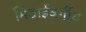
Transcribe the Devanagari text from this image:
मिठाईवर्गीय